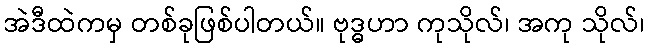
အဲဒီထဲကမှ တစ်ခုဖြစ်ပါတယ်။ ဗုဒ္ဓဟာ ကုသိုလ်၊ အကု သိုလ်၊